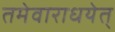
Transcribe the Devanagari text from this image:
तमेवाराधयेत्